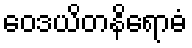
ဝေဒယိတနိရောဓံ